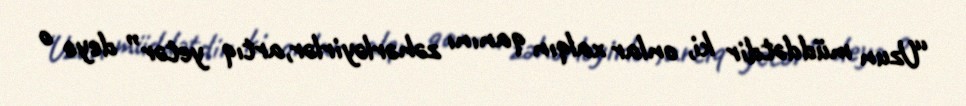
“Uzun müddətdir ki, onlar xalqın qanını zəhərləyirlər,artıq yetər” deyə o